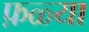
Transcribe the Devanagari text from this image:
फ़ळ्या